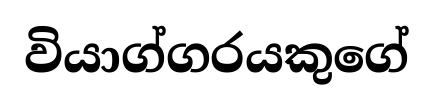
වියාග්ගරයකුගේ